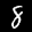
Label: 8